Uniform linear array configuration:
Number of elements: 16
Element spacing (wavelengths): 1
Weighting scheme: exponential
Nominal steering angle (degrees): -15
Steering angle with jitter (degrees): -13.745
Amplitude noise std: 0.05
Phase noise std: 0.05

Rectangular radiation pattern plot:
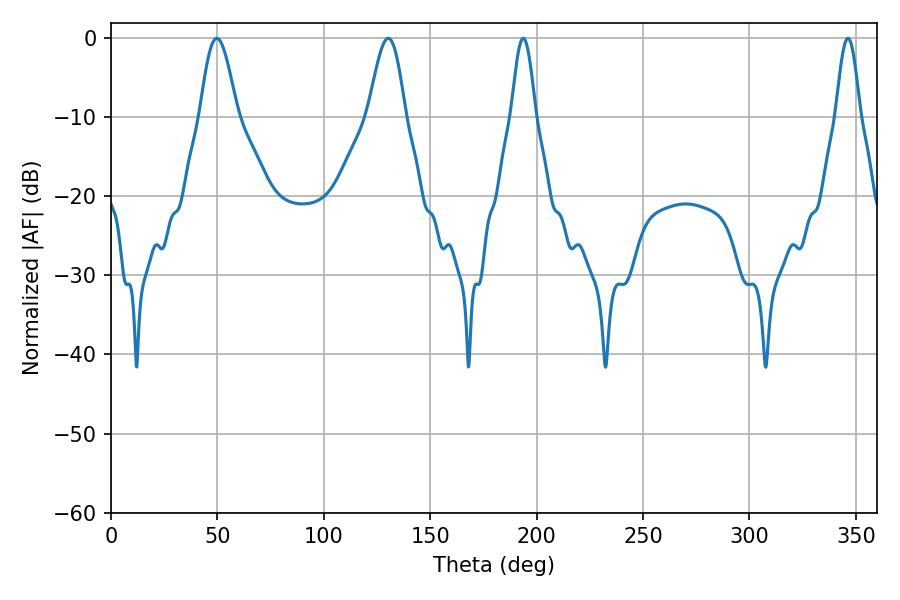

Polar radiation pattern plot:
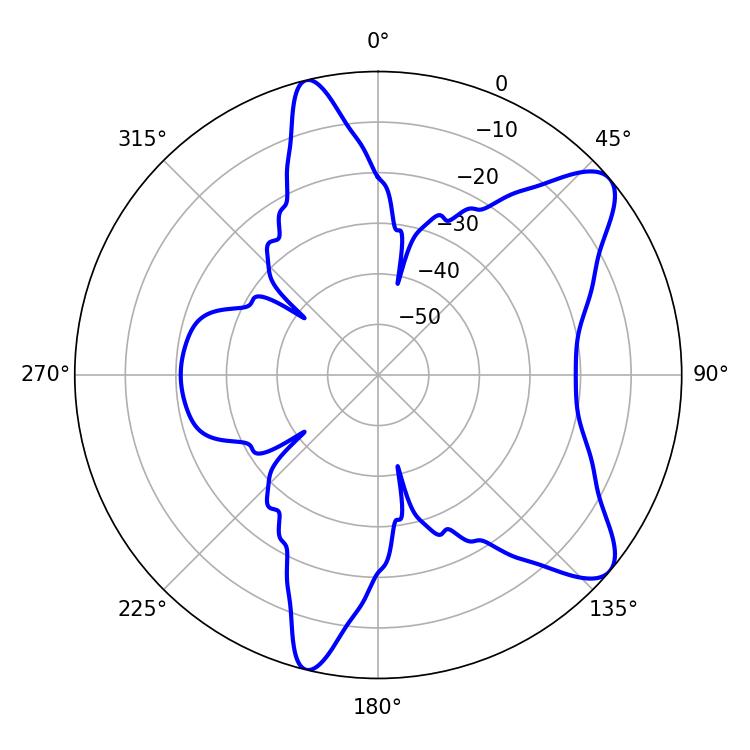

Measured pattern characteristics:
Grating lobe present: TRUE
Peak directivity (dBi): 9.215
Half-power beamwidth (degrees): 9.18
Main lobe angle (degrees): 49.68